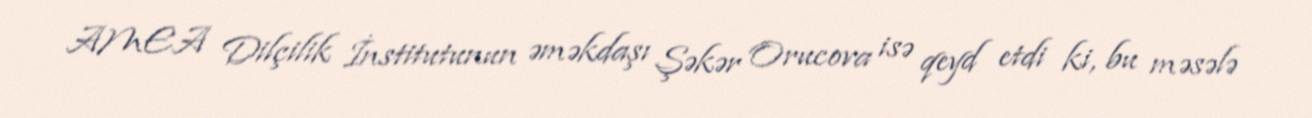
AMEA Dilçilik İnstitutunun əməkdaşı Şəkər Orucova isə qeyd etdi ki, bu məsələ